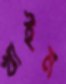
খাইম